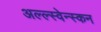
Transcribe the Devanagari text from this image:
अल्ल्स्वेन्स्कन